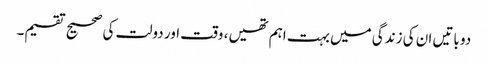
دو باتیں ان کی زندگی میں بہت اہم تھیں، وقت اور دولت کی صحیح تقسیم۔